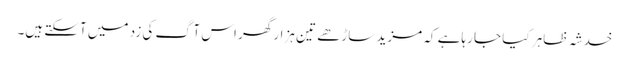
خدشہ ظاہر کیا جا رہاہے کہ مزید ساڑھے تین ہزار گھر اس آگ کی زد میں آسکتے ہیں۔